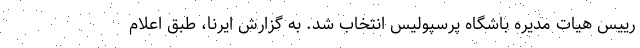
رییس هیات مدیره باشگاه پرسپولیس انتخاب شد. به گزارش ایرنا، طبق اعلام